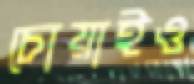
চোয়াইও